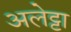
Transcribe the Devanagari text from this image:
अलेट्टा